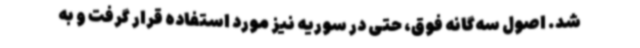
شد. اصول سه‌گانه فوق، حتی در سوریه نیز مورد استفاده قرار گرفت و به